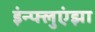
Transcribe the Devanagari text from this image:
इंन्फ्लुएंझा